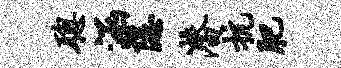
聪涵隐潜抗肥